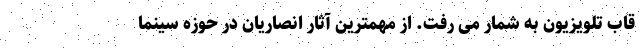
قاب تلویزیون به شمار می رفت. از مهمترین آثار انصاریان در حوزه سینما